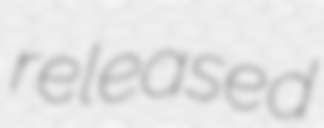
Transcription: released